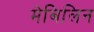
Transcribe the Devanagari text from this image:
मेबिलिन